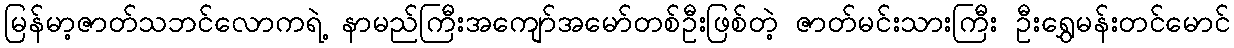
မြန်မာ့ဇာတ်သဘင်လောကရဲ့ နာမည်ကြီးအကျော်အမော်တစ်ဦးဖြစ်တဲ့ ဇာတ်မင်းသားကြီး ဦးရွှေမန်းတင်မောင်